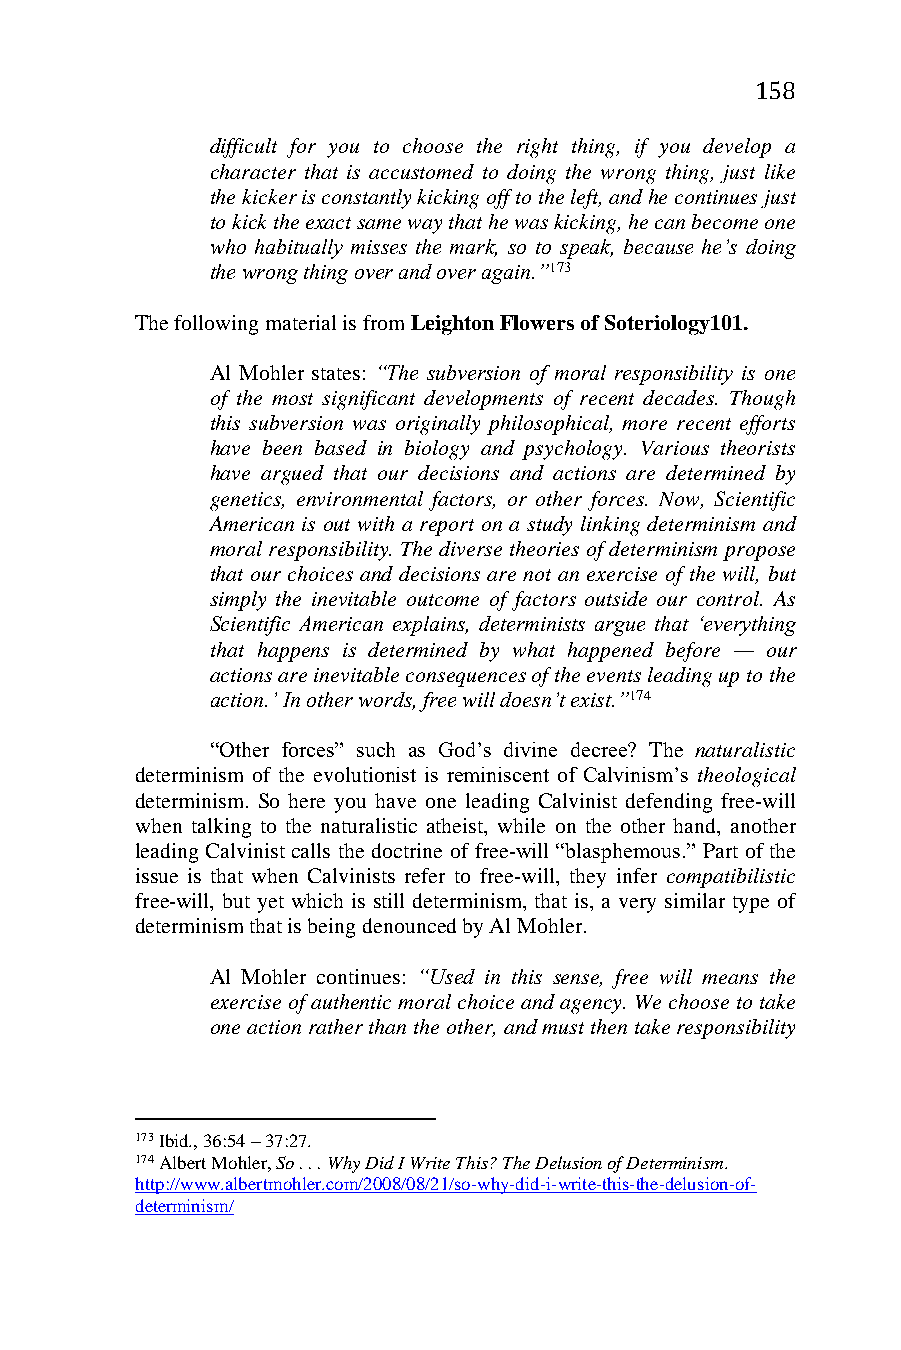
158
 difficult for you to choose the right thing, if you develop a
 character that is accustomed to doing the wrong thing, just like
 the kicker is constantly kicking off to the left, and he continues just
 to kick the exact same way that he was kicking, he can become one
 who habitually misses the mark, so to speak, because he’s doing
 the wrong thing over and over again.”173
 The following material is from Leighton Flowers of Soteriology101.
 Al Mohler states: “The subversion of moral responsibility is one
 of the most significant developments of recent decades. Though
 this subversion was originally philosophical, more recent efforts
 have been based in biology and psychology. Various theorists
 have argued that our decisions and actions are determined by
 genetics, environmental factors, or other forces. Now, Scientific
 American is out with a report on a study linking determinism and
 moral responsibility. The diverse theories of determinism propose
 that our choices and decisions are not an exercise of the will, but
 simply the inevitable outcome of factors outside our control. As
 Scientific American explains, determinists argue that ‘everything
 that happens is determined by what happened before — our
 actions are inevitable consequences of the events leading up to the
 action.’ In other words, free will doesn’t exist.”174
 “Other forces” such as God’s divine decree? The naturalistic
 determinism of the evolutionist is reminiscent of Calvinism’s theological
 determinism. So here you have one leading Calvinist defending free-will
 when talking to the naturalistic atheist, while on the other hand, another
 leading Calvinist calls the doctrine of free-will “blasphemous.” Part of the
 issue is that when Calvinists refer to free-will, they infer compatibilistic
 free-will, but yet which is still determinism, that is, a very similar type of
 determinism that is being denounced by Al Mohler.
 Al Mohler continues: “Used in this sense, free will means the
 exercise of authentic moral choice and agency. We choose to take
 one action rather than the other, and must then take responsibility
 173 Ibid., 36:54 – 37:27.
 174 Albert Mohler, So . . . Why Did I Write This? The Delusion of Determinism.
 http://www.albertmohler.com/2008/08/21/so-why-did-i-write-this-the-delusion-of-
 determinism/